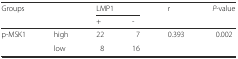
<table><thead><tr><td rowspan="2" colspan="2"><b>Groups</b></td><td colspan="2"><b>LMP1</b></td><td rowspan="2"><b>r</b></td><td rowspan="2"><b><i>P</i>-value</b></td></tr><tr><td><b>+</b></td><td><b>-</b></td></tr></thead><tbody><tr><td rowspan="2">p-MSK1</td><td>high</td><td>22</td><td>7</td><td>0.393</td><td>0.002</td></tr><tr><td>low</td><td>8</td><td>16</td><td></td><td></td></tr></tbody></table>